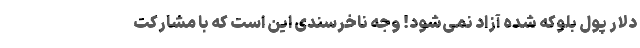
دلار پول بلوکه شده آزاد نمی‌شود! وجه ناخرسندی این است که با مشارکت